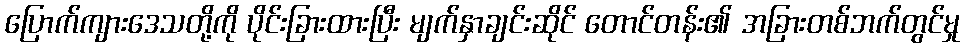
ပြောက်ကျားဒေသတို့ကို ပိုင်းခြားထားပြီး မျက်နှာချင်းဆိုင် တောင်တန်း၏ အခြားတစ်ဘက်တွင်မှု